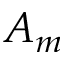
A _ { m }